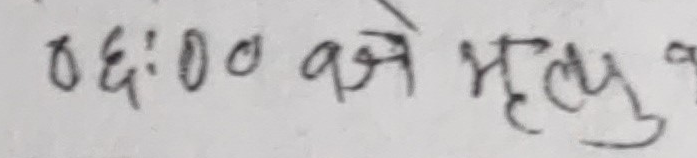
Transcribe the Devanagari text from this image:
०६:०० बजे मृत्यु १